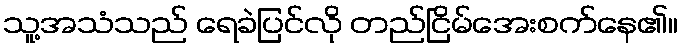
သူ့အသံသည် ရေခဲပြင်လို တည်ငြိမ်အေးစက်နေ၏။